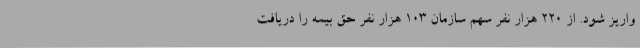
واریز شود. از 220 هزار نفر سهم سازمان 103 هزار نفر حق بیمه را دریافت